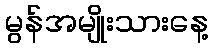
မွန်အမျိုးသားနေ့